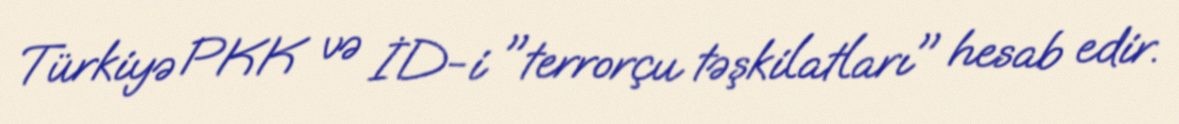
Türkiyə PKK və İD-i "terrorçu təşkilatları" hesab edir.